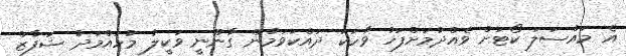
އެ މައްސަލަ ކޯޓަށް ވެއްދުމަށްފަހު ވާހަކަ ދައްކަވަމުން ގާނޫނީ ވަކީލު މުހައްމަދު ޝަފާޒް